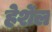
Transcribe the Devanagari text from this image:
हेर्शेल